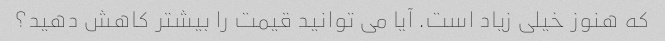
که هنوز خیلی زیاد است. آیا می توانید قیمت را بیشتر کاهش دهید؟